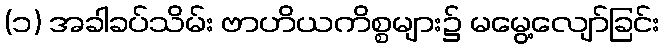
(၁) အခါခပ်သိမ်း ဗာဟိယကိစ္စများ၌ မမွေ့လျော်ခြင်း